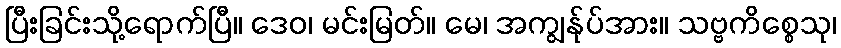
ပြီးခြင်းသို့ရောက်ပြီ။ ဒေဝ၊ မင်းမြတ်။ မေ၊ အကျွန်ုပ်အား။ သဗ္ဗကိစ္စေသု၊